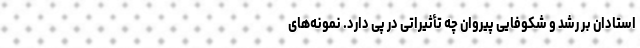
استادان بر رشد و شکوفایی پیروان چه تأثیراتی در پی دارد. نمونه‌های